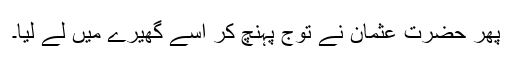
پھر حضرت عثمان نے توّج پہنچ کر اسے گھیرے میں لے لیا۔